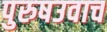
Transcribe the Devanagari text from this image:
पुरुषउवाच